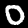
Digit: 0